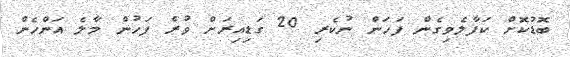
ބޮޑުކޮށް ކަފާލެވިގެން ފަހަން ނުކެރި 20 ގަޑިއިރަށް ވުރެ ފަހުން މާލެ އަންހެން